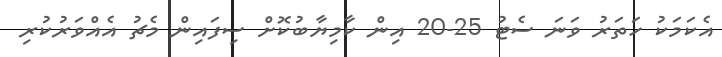
އެކަމަކު ހަތަރު ވަނަ ސެޓު 25-20 އިން ކާމިޔާބުކޮށް ސިފައިން މެޗު އެއްވަރުކުރި